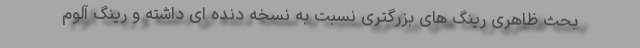
بحث ظاهری رینگ های بزرگتری نسبت به نسخه دنده ای داشته و رینگ آلوم